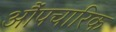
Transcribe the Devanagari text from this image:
औंपचारिक